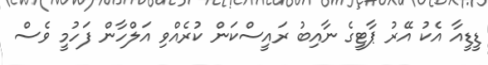
ޑީޑީއާ އެކު އޭރު ޕާޓީގެ ނާއިބު ރައީސްކަން ކުރެއްވި އަލްހާން ފަހުމީ ވެސް